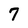
Character: 7